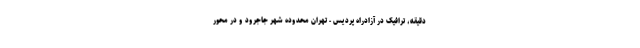
دقیقه، ترافیک در آزادراه پردیس - تهران محدوده شهر جاجرود و در محور